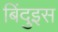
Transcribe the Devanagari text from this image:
बिंदुइस